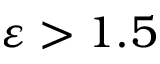
\varepsilon > 1 . 5